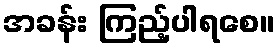
အခန်း ကြည့်ပါရစေ။